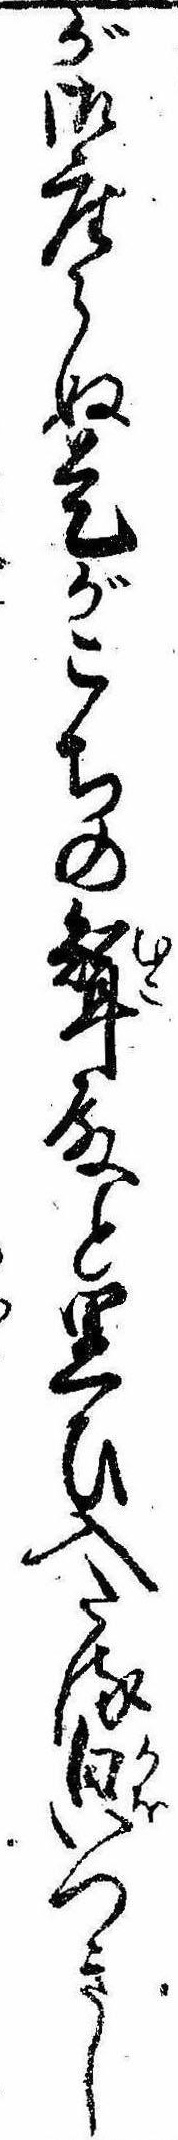
が御座らぬ是がこちの婿殿と思ひ入たる㒵つきし